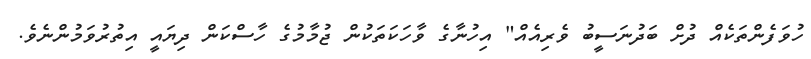
ހުވަފެންތަކެއް ދުށް ބަދުނަސީބު ވެރިއެއް" އިހުނާގެ ވާހަކަތަކުން ޖުމާމުގެ ހާސްކަން ދިޔައީ އިތުރުވަމުންނެވެ.